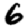
Digit: 6